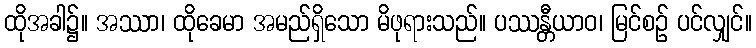
ထိုအခါ၌။ အဿာ၊ ထိုခေမာ အမည်ရှိသော မိဖုရားသည်။ ပဿန္တီယာဝ၊ မြင်စဉ် ပင်လျှင်။